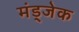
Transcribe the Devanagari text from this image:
मंड्जेक